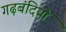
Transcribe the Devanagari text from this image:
गढ़बंदियों